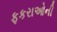
ફકરાઓની